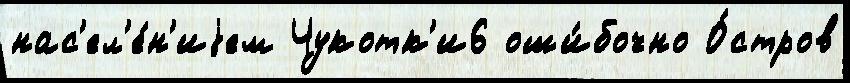
нас'ел'е́н'иjем Чукотк'и6 оши́бочно О́стров